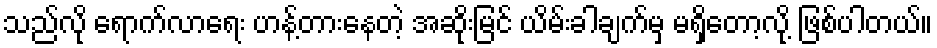
သည်လို ရောက်လာရေး ဟန့်တားနေတဲ့ အဆိုးမြင် ယိမ်းခါချက်မှ မရှိတော့လို့ ဖြစ်ပါတယ်။